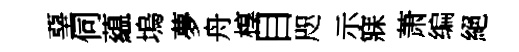
堊伺藴塢夢舟椁目咫示寐萧编絕